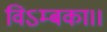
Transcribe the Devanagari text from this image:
विऽम्बका।।